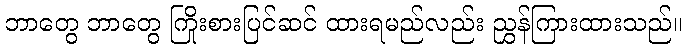
ဘာတွေ ဘာတွေ ကြိုးစားပြင်ဆင် ထားရမည်လည်း ညွှန်ကြားထားသည်။